Indian Civil Veterinary Department memoirs
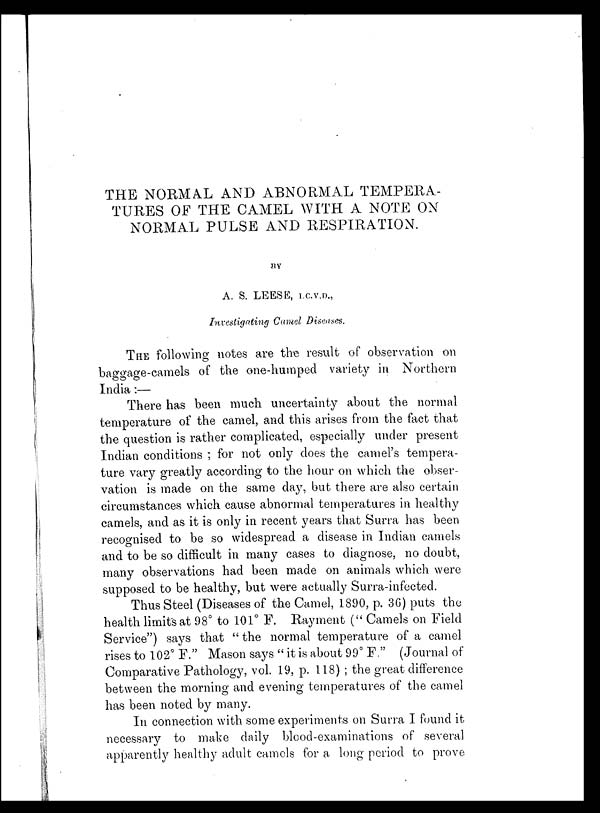
THE NORMAL AND ABNORMAL TEMPERA-
TURES OF THE CAMEL WITH A NOTE ON
NORMAL PULSE AND RESPIRATION.
BY
A. S. LEESE, I.C.V.D.,
Investigating Camel Diseases.
THE following notes are the result of observation on
baggage-camels of the one-humped variety in Northern
India:—
There has been much uncertainty about the normal
temperature of the camel, and this arises from the fact that
the question is rather complicated, especially under present
Indian conditions ; for not only does the camel's tempera-
ture vary greatly according to the hour on which the obser-
vation is made on the same day, but there are also certain
circumstances which cause abnormal temperatures in healthy
camels, and as it is only in recent years that Surra has been
recognised to be so widespread a disease in Indian camels
and to be so difficult in many cases to diagnose, no doubt,
many observations had been made on animals which were
supposed to be healthy, but were actually Surra-infected.
Thus Steel (Diseases of the Camel, 1890, p. 36) puts the
health limits at 98° to 101° F. Rayment (" Camels on Field
Service") says that " the normal temperature of a camel
rises to 102° F." Mason says " it is about 99° F." (Journal of
Comparative Pathology, vol. 19, p. 118) ; the great difference
between the morning and evening temperatures of the camel
has been noted by many.
In connection with some experiments on Surra I found it
necessary to make daily blood-examinations of several
apparently healthy adult camels for a long period to prove